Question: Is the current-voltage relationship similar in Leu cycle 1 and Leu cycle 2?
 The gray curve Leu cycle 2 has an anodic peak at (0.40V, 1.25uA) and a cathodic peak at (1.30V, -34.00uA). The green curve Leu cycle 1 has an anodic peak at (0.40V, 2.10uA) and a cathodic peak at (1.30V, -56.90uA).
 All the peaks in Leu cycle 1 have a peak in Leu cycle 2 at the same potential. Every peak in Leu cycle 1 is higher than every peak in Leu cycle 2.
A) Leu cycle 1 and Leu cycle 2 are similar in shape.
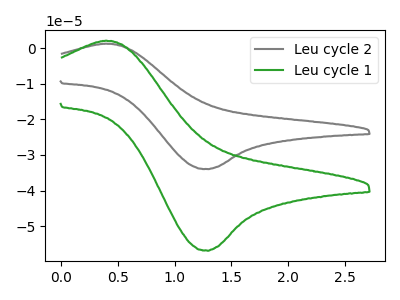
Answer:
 <answer>A) "Leu cycle 1" and "Leu cycle 2" are similar in shape.</answer>
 <eval>A</eval>